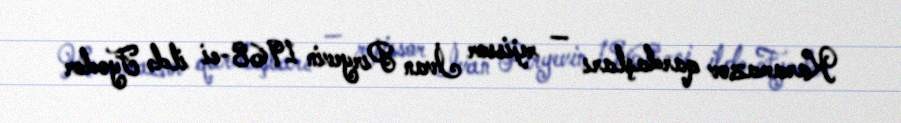
Karamazov qardaşları — rejissor İvan Pıryevin 1968-ci ildə Fyodor